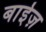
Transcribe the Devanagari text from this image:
बाईज़